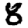
Digit: 8